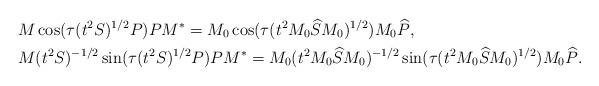
LaTeX: \begin{align*}& M \cos(\tau (t^2 S)^{1/2} P) P M^* = M_0 \cos (\tau (t^2 M_0 \widehat{S} M_0)^{1/2}) M_0 \widehat{P},\\& M (t^2 S)^{-1/2} \sin(\tau (t^2 S)^{1/2} P) P M^* = M_0 (t^2 M_0 \widehat{S} M_0)^{-1/2} \sin (\tau (t^2 M_0 \widehat{S} M_0)^{1/2}) M_0 \widehat{P}.\end{align*}